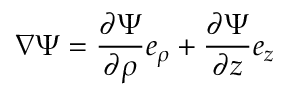
\nabla \Psi = { \frac { \partial \Psi } { \partial \rho } } { \boldsymbol { e } } _ { \rho } + { \frac { \partial \Psi } { \partial z } } { \boldsymbol { e } } _ { z }